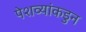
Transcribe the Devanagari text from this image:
पेशव्यांकडुन